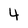
Character: 4